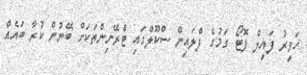
ހަވީރު ފައިލް ފޮޓޯ ގަމުގެ ފްލައިން ސްކޫލްގައި ޓްރޭނިންތަކަށް ބޭނުން ކުރާ ބައެއް